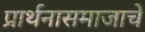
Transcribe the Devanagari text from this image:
प्रार्थनासमाजाचे